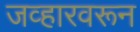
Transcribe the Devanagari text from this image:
जव्हारवरून